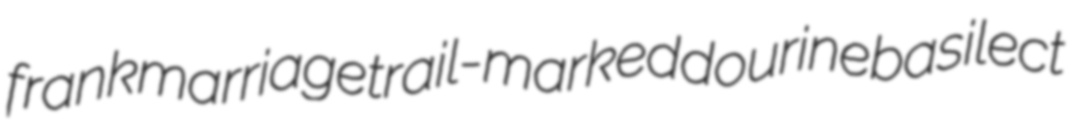
frankmarriage trail-marked dourine basilect